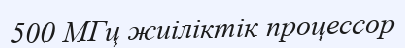
500 МГц жиіліктік процессор